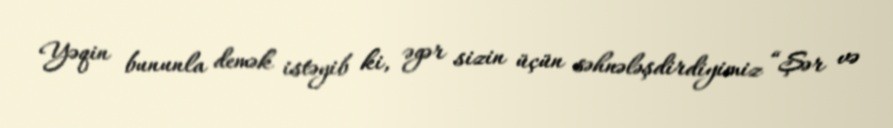
Yəqin bununla demək istəyib ki, əgər sizin üçün səhnələşdirdiyimiz “Şər və